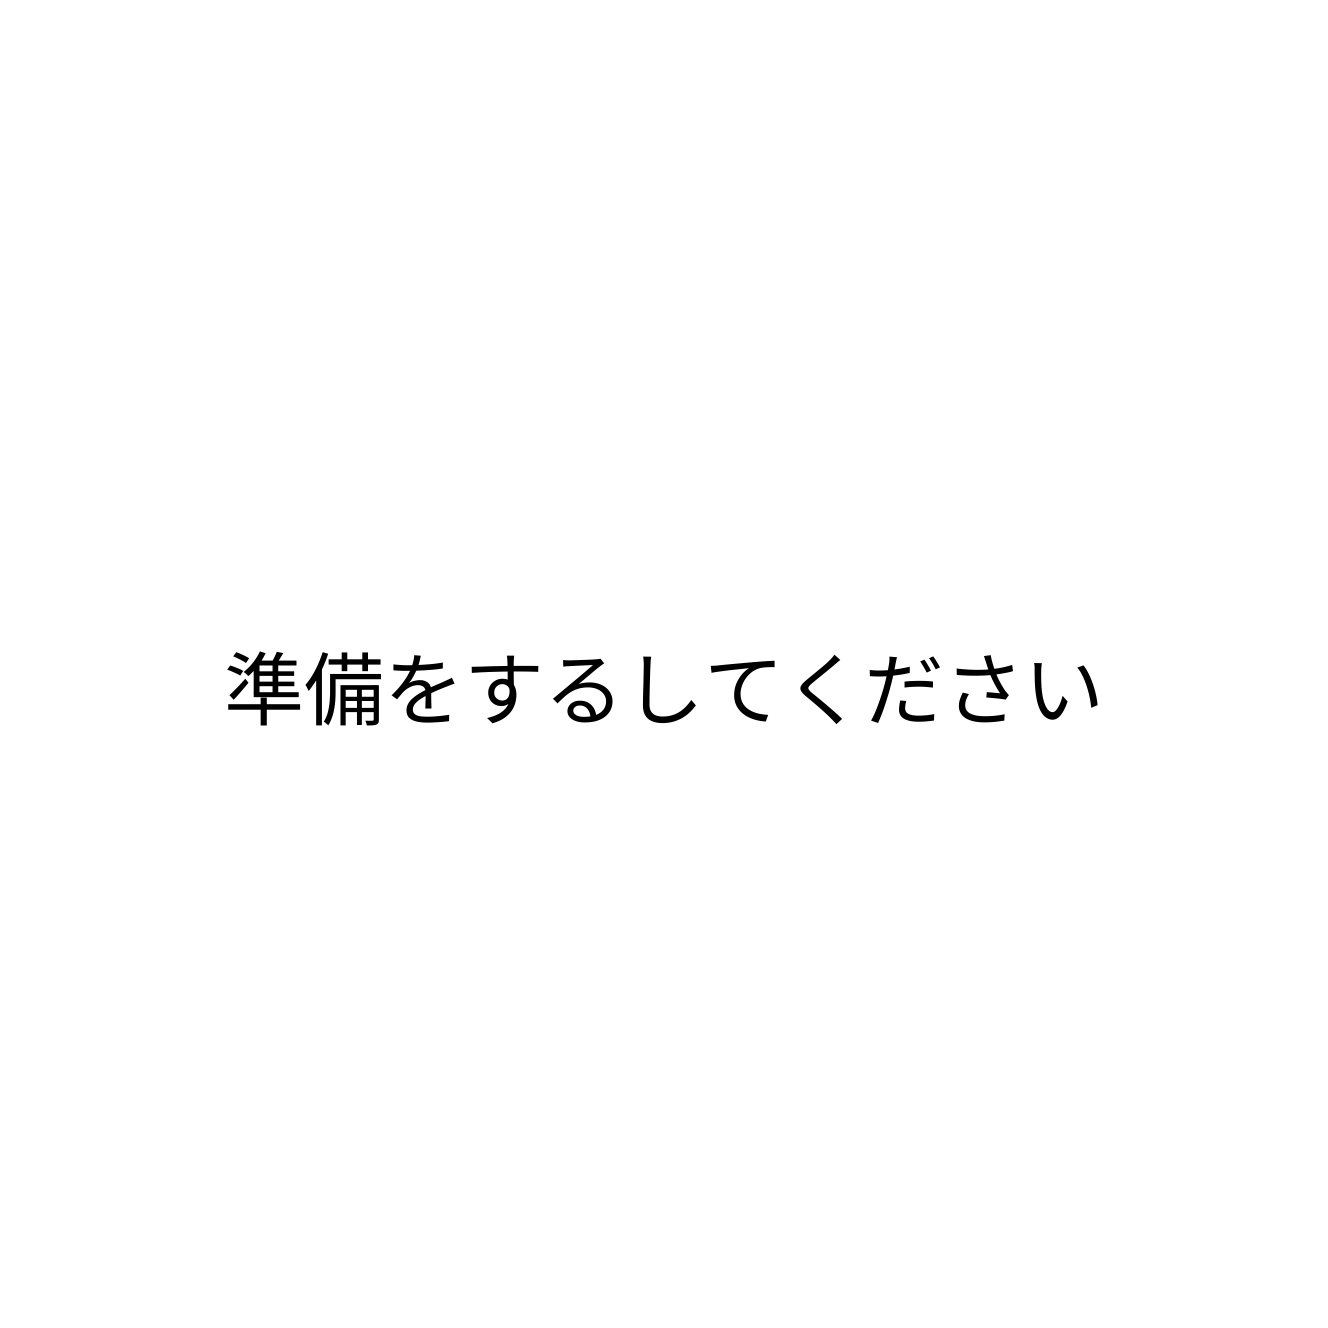
準備をするしてください